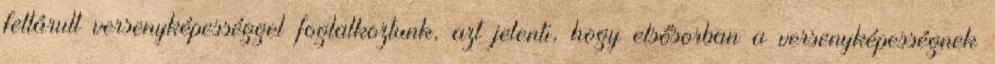
feltárult versenyképességgel foglalkoztunk, azt jelenti, hogy elsősorban a versenyképességnek